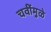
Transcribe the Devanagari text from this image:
चवींमुळे